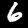
Digit: 6